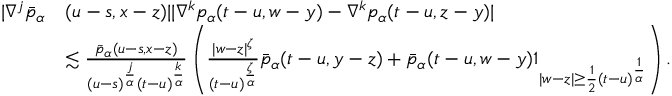
\begin{array} { r l } { | \nabla ^ { j } \bar { p } _ { \alpha } } & { ( u - s , x - z ) | | \nabla ^ { k } p _ { \alpha } ( t - u , w - y ) - \nabla ^ { k } p _ { \alpha } ( t - u , z - y ) | } \\ & { \lesssim \frac { \bar { p } _ { \alpha } ( u - s , x - z ) } { ( u - s ) ^ { \frac { j } { \alpha } } ( t - u ) ^ { \frac { k } { \alpha } } } \left( \frac { | w - z | ^ { \zeta } } { ( t - u ) ^ { \frac { \zeta } { \alpha } } } \bar { p } _ { \alpha } ( t - u , y - z ) + \bar { p } _ { \alpha } ( t - u , w - y ) \mathbb { 1 } _ { | w - z | \geq \frac { 1 } { 2 } ( t - u ) ^ { \frac { 1 } { \alpha } } } \right) . } \end{array}